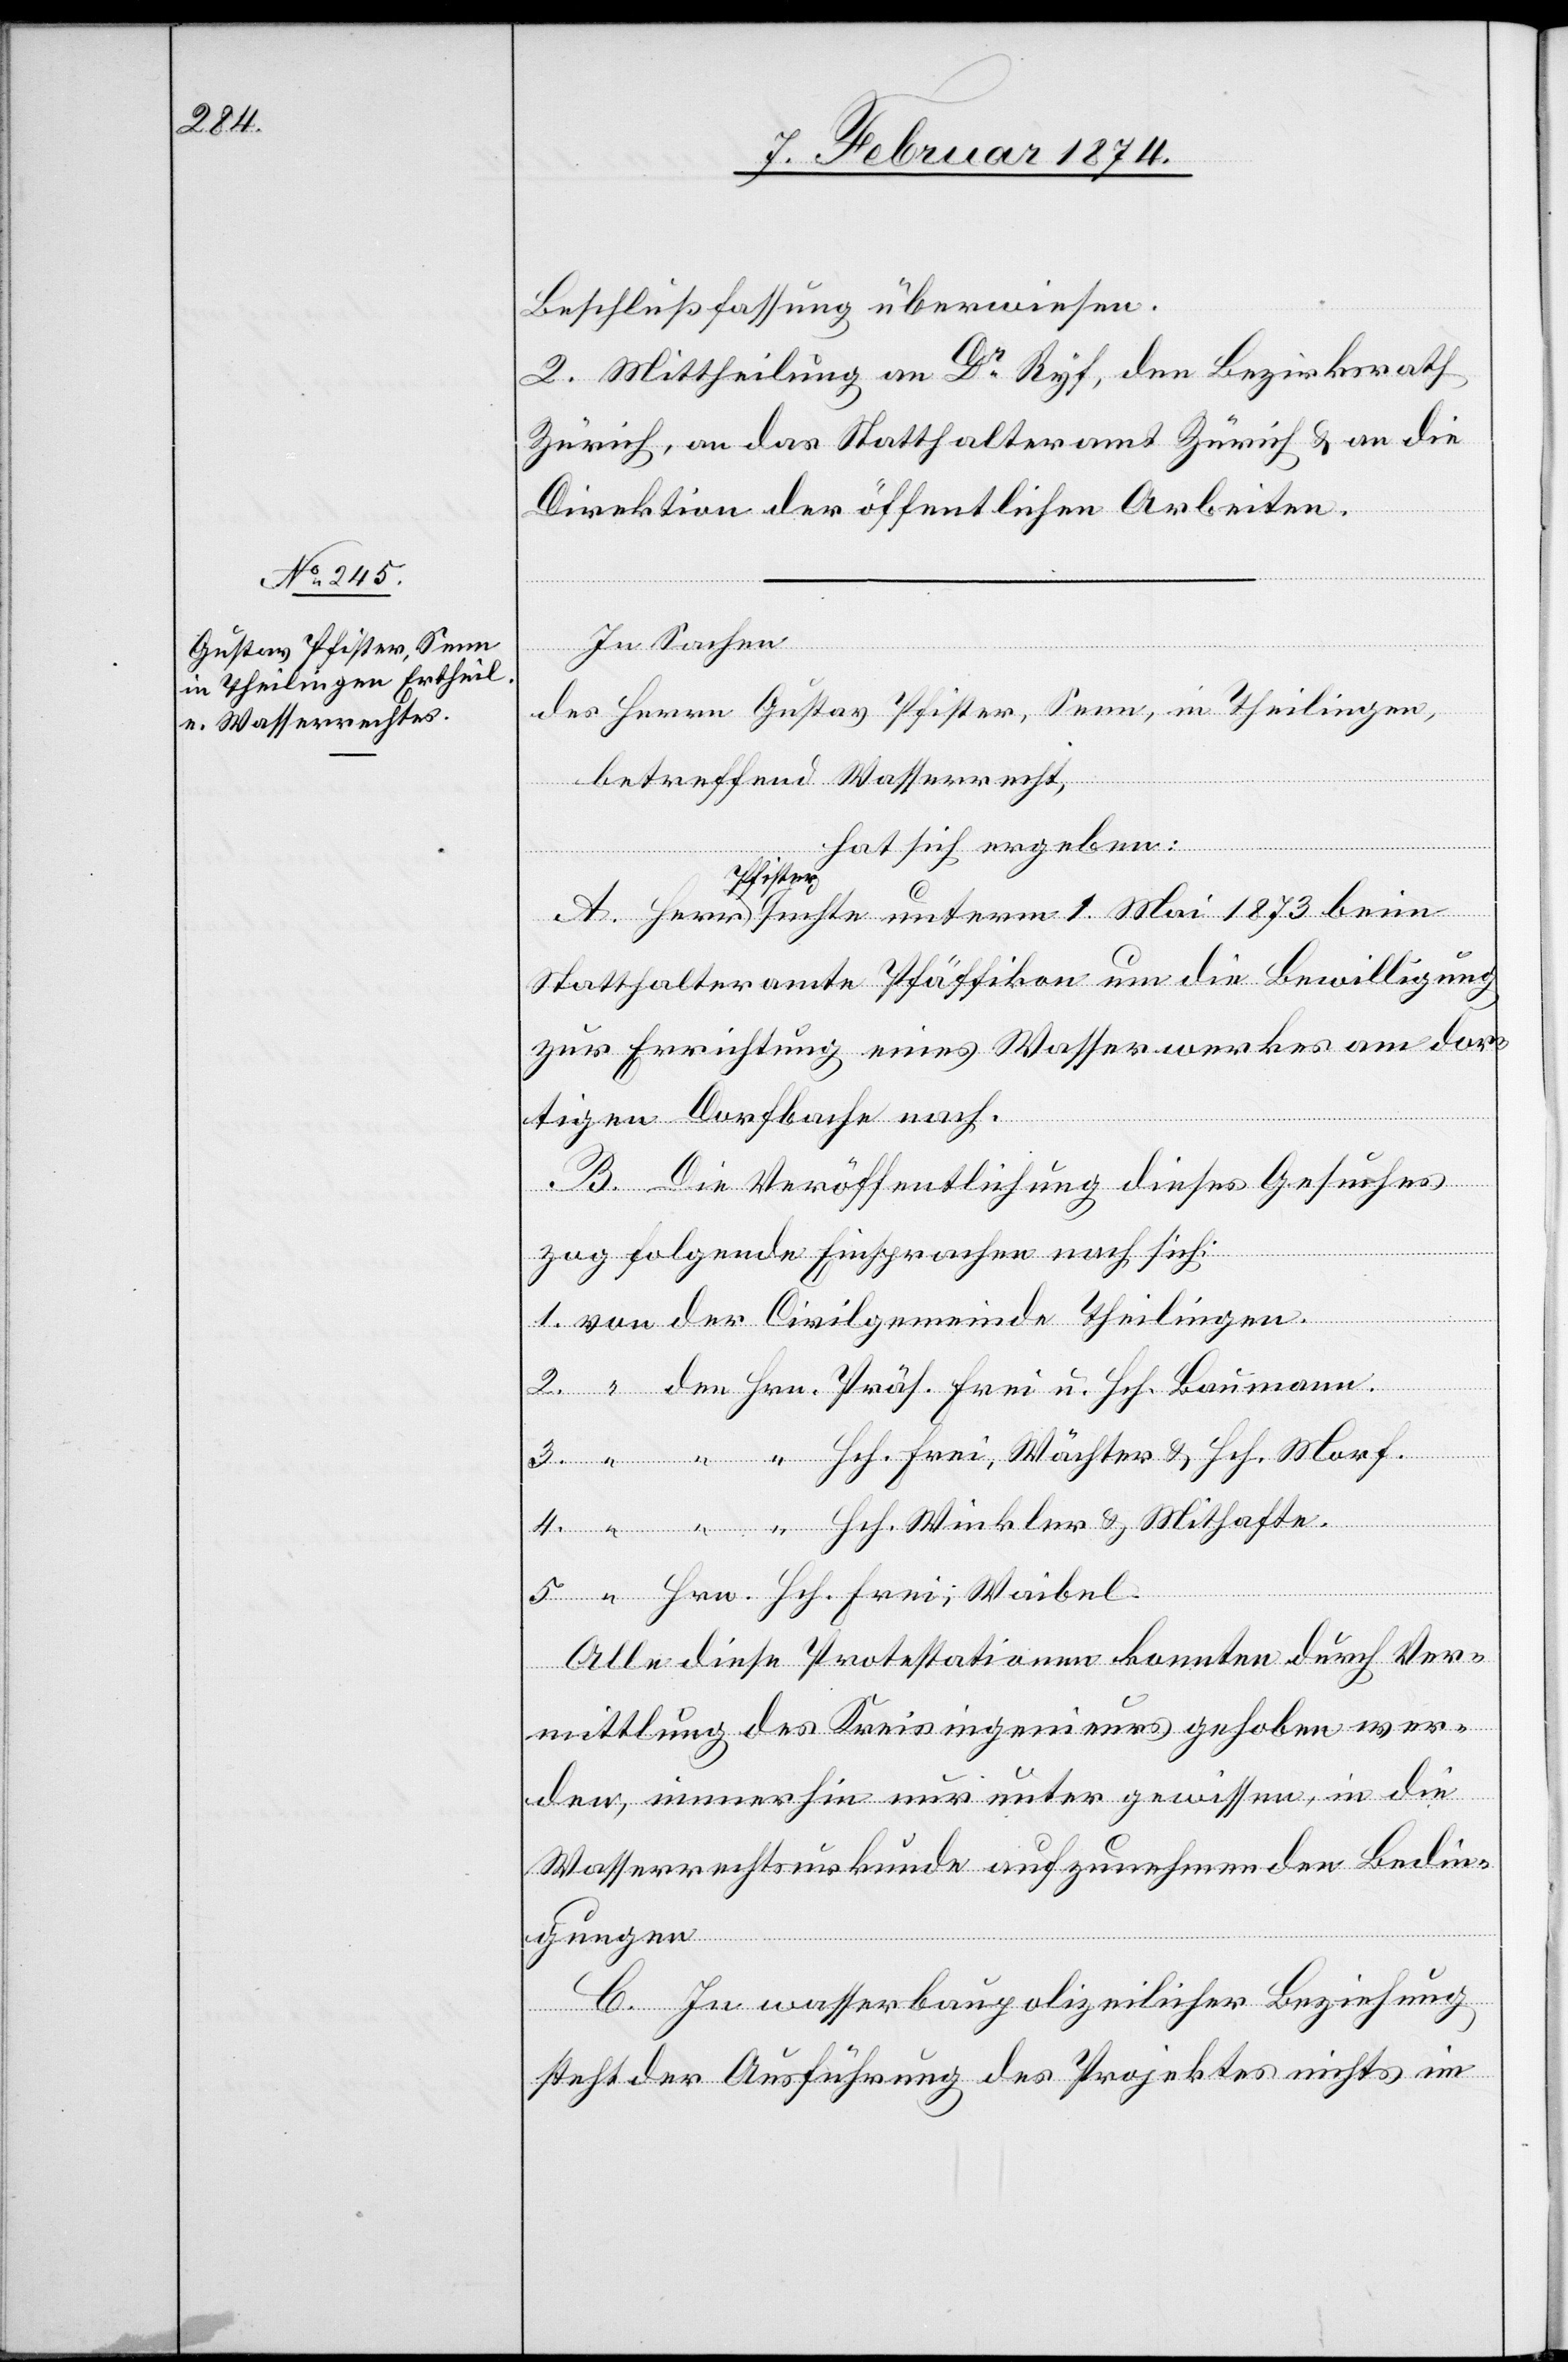
Beschlußfassung überwiesen.¨
2. Mittheilung an Dr Ryf, den Bezirksrath
Zürich, an das Statthalteramt Zürich u. an die
Direktion der öffentlichen Arbeiten.
In Sachen
des Herrn Gustav Pfister, Senn, in Theilingen,
5.
Hrn.
betreffend Wasserrecht,
hat sich ergeben:
Hch. Erni,
A. Herr Pfister suchte unterm 1. Mai 1873 beim
Statthalteramte Pfäffikon um die Bewilligung
zur Errichtung eines Wasserwerkes am dor¬
tigen Dorfbache nach.
B. Die Veröffentlichung dieses Gesuches
zog folgende Einsprachen nach sich:
Hch. Frei, Wächter u. Hch. Morf.
Alle diese Protestationen konnten durch Ver¬
mittlung des Kreisingenieurs gehoben wer¬
den, immerhin nur unter gewissen, in die
Wasserrechtsurkunde aufzunehmenden Bedin¬
gungen[.]
C. In wasserbaupolizeilicher Beziehung
steht der Ausführung des Projektes nichts im